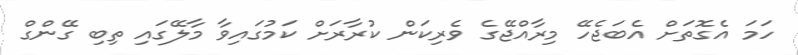
ހަމަ އެގޮތަށް އެބަޖެހޭ މިރާއްޖޭގެ ވެރިކަން ކުރާރަށް ކަމުގައިވާ މާލޭގައި ތިބި ގޭންގް